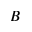
B